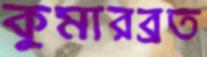
কুমারব্রত